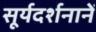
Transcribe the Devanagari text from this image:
सूर्यदर्शनानें